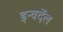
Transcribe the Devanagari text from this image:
इन्वर्देल